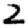
Digit: 2